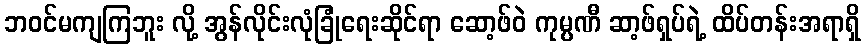
ဘဝင်မကျကြဘူး လို့ အွန်လိုင်းလုံခြုံရေးဆိုင်ရာ ဆော့ဖ်ဝဲ ကုမ္ပဏီ ဆာ့ဖ်ရှပ်ရဲ့ ထိပ်တန်းအရာရှိ